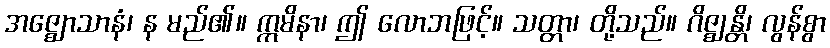
အဇ္ဈောသာနံ၊ န မည်၏။ ဣမိနာ၊ ဤ လောဘဖြင့်။ သတ္တာ၊ တို့သည်။ ဂိဇ္ဈန္တိ၊ လွန်စွာ